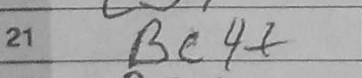
Transcription: Be4+